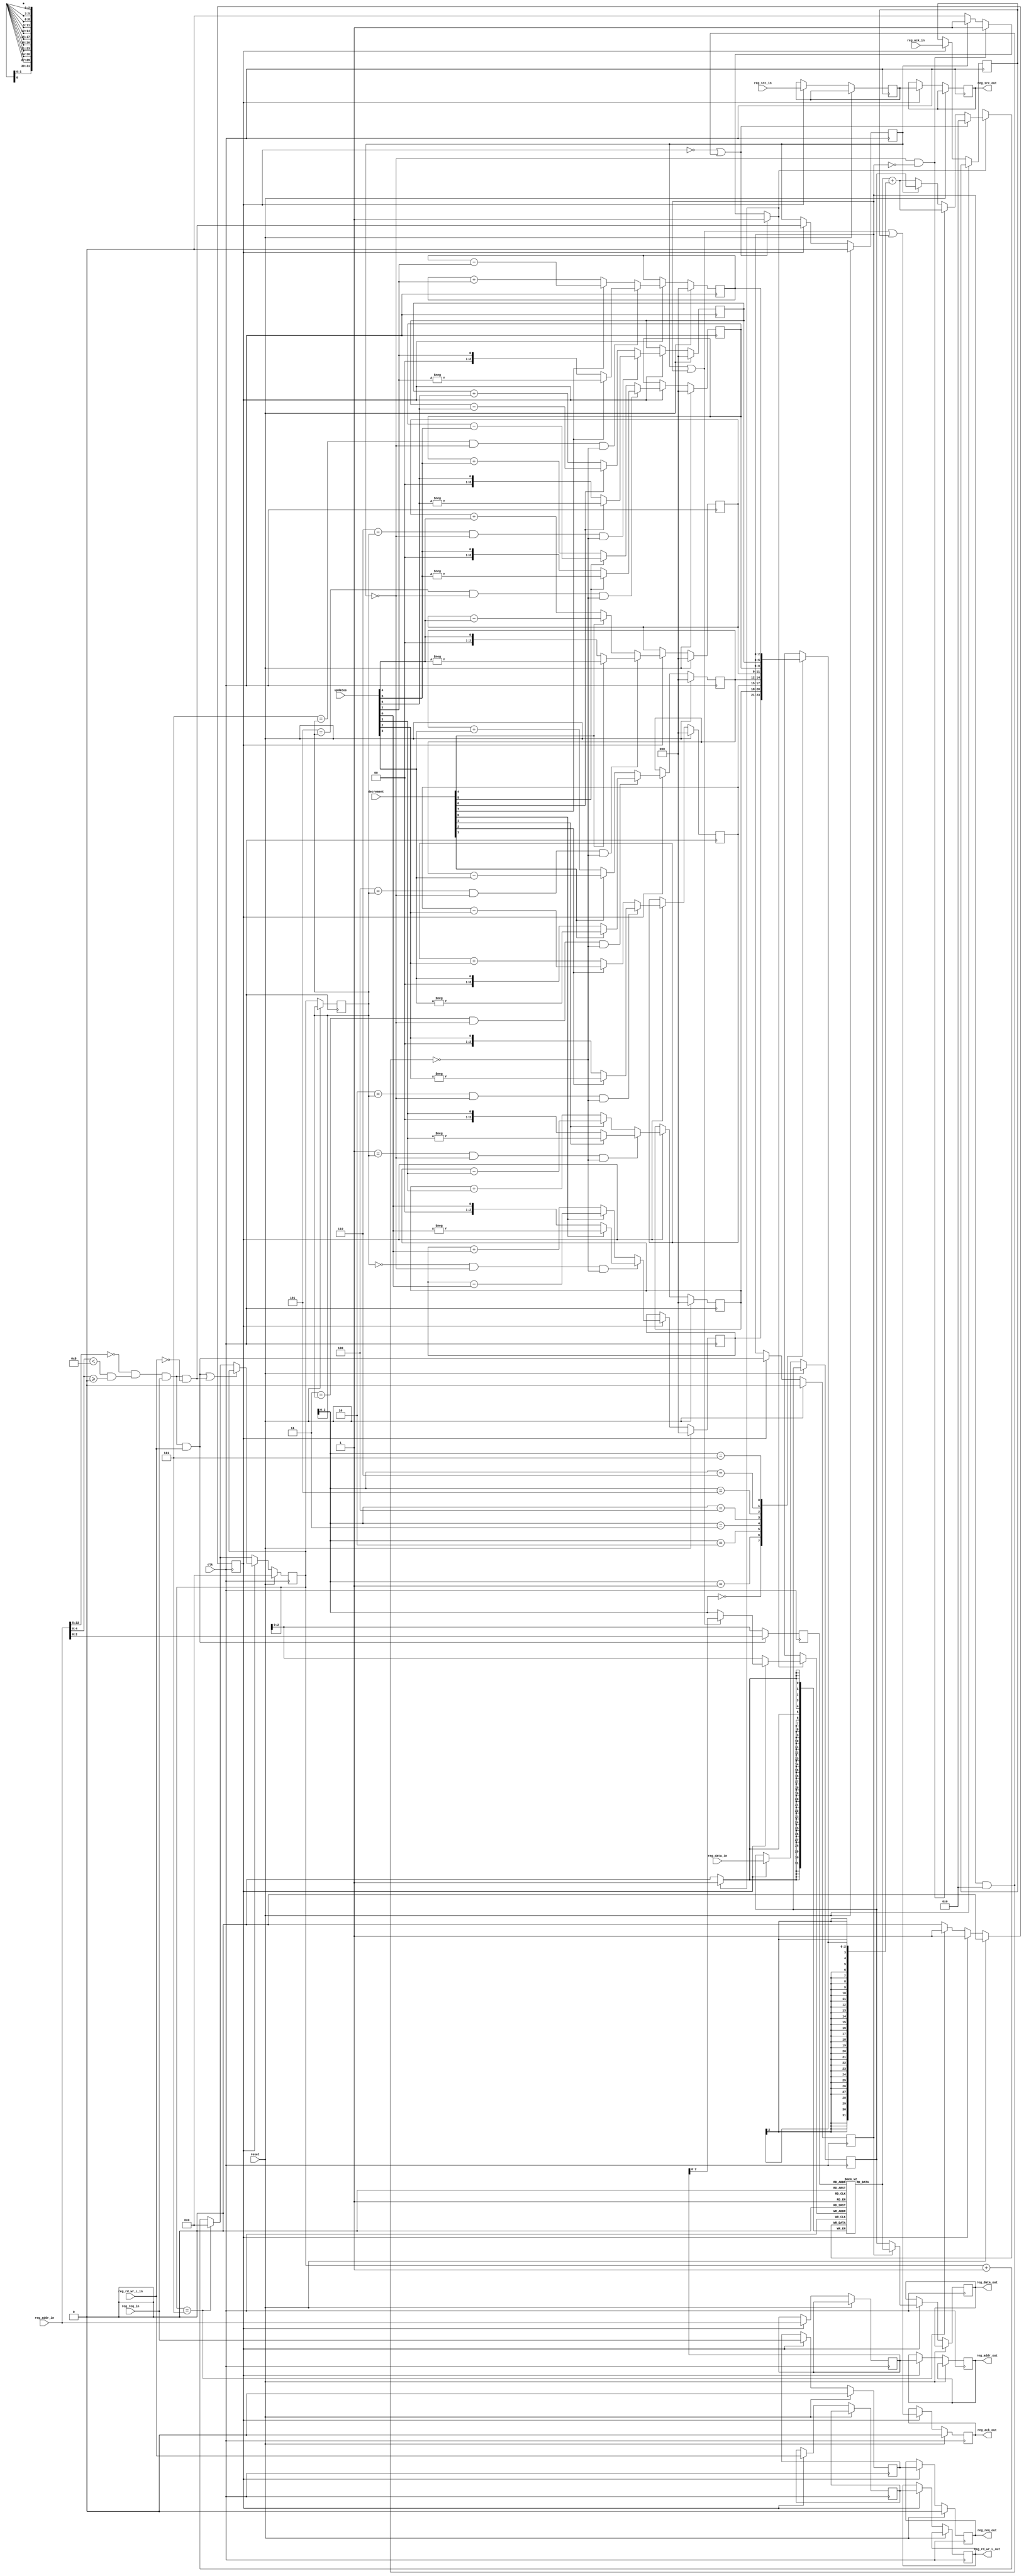
///////////////////////////////////////////////////////////////////////////////
// vim:set shiftwidth=3 softtabstop=3 expandtab:
// $Id: generic_cntr_regs.v 5404 2009-04-30 00:44:52Z grg $
//
// Module: generic_cntr_reg.v
// Project: NF2.1
// Description: Implements a generic counter register block that uses RAM and
// temporarily stores updates in registers before committing them to RAM.
//
// This design is efficient in that the update registers are kept small so one
// large adder can be shared amongst all registers. The routing resources
// associated with the RAM simplifies the routing of the registers.
// Demultiplexes, stores and serves register requests
//
// To use this block you should specify a number of parameters at
// instantiation:
//   TAG -- the tag to match against (probably defined in udp_defines.v)
//   REG_ADDR_WIDTH -- width of the address block allocated to this register
//                     group. It is important that this is specified correctly
//                     as this width is used to enable tag matching
//   NUM_REGS_USED -- how many registers in this block?
//   NUM_INSTANCES -- how many instances of the counters shall we emulate
//
// Other parameter which may be useful
//   INPUT_WIDTH -- width of each update input
//   MIN_UPDATE_INTERVAL -- how many clock cycles between successive update
//                          inputs
//   RESET_ON_READ -- reset registers when read
//
//                                     that are not found.
//                3/29/08 by Jad Naous to force reg file into bram
//                4/14/08 by Jad Naous to make bram write-first, fixing an issue
///////////////////////////////////////////////////////////////////////////////
`timescale 1ns/1ps

`define UDP_REG_ADDR_WIDTH 23	//Defines added for testing
`define CPCI_NF2_DATA_WIDTH 32	//Defines added for testing
`define IDS_BLOCK_TAG 1			//Defines added for testing
`define IDS_REG_ADDR_WIDTH 16	//Defines added for testing

module generic_cntr_regs
   #(
      parameter UDP_REG_SRC_WIDTH = 2,
      parameter TAG = 0,                  // Tag to match against
      parameter REG_ADDR_WIDTH = 5,       // Width of block addresses
      parameter NUM_REGS_USED = 8,        // How many registers
      parameter REG_START_ADDR = 0,       // Address of the first counter
      parameter INPUT_WIDTH = 1,          // Width of each update request
      parameter MIN_UPDATE_INTERVAL = 8,  // Clocks between successive inputs
      parameter REG_WIDTH = `CPCI_NF2_DATA_WIDTH, // How wide should each counter be?
      parameter RESET_ON_READ = 0,

      // Don't modify the parameters below. They are used to calculate the
      // widths of the various register inputs/outputs.
      parameter REG_END_ADDR = REG_START_ADDR + NUM_REGS_USED,  // address of last counter + 1
      parameter UPDATES_START = REG_START_ADDR * INPUT_WIDTH,   // first bit of the updates vector
      parameter UPDATES_END = REG_END_ADDR * INPUT_WIDTH        // bit after last bit of the updates vector
   )
   (
      input                                  reg_req_in,
      input                                  reg_ack_in,
      input                                  reg_rd_wr_L_in,
      input  [`UDP_REG_ADDR_WIDTH-1:0]       reg_addr_in,
      input  [`CPCI_NF2_DATA_WIDTH-1:0]      reg_data_in,
      input  [UDP_REG_SRC_WIDTH-1:0]         reg_src_in,

      output reg                             reg_req_out,
      output reg                             reg_ack_out,
      output reg                             reg_rd_wr_L_out,
      output reg [`UDP_REG_ADDR_WIDTH-1:0]   reg_addr_out,
      output reg [`CPCI_NF2_DATA_WIDTH-1:0]  reg_data_out,
      output reg [UDP_REG_SRC_WIDTH-1:0]     reg_src_out,

      // --- update interface
      input [UPDATES_END - 1:UPDATES_START]  updates,
      input [REG_END_ADDR-1:REG_START_ADDR]  decrement, // if 1 then subtract the update, else add.

      input                                  clk,
      input                                  reset
    );

  // `LOG2_FUNC
  function integer log2;
      input integer number;
      begin
         log2=0;
         while(2**log2<number) begin
            log2=log2+1;
         end
      end
   endfunction // log2
  
  // `CEILDIV_FUNC
  
  `define CEILDIV_FUNC 
function integer ceildiv; 
      input integer num; 
      input integer divisor; 
      begin 
         if (num <= divisor) 
           ceildiv = 1; 
         else begin 
            ceildiv = num / divisor; 
            if (ceildiv * divisor < num) 
              ceildiv = ceildiv + 1; 
         end 
      end 
endfunction

   // ------------- Internal parameters --------------
   localparam MIN_CYCLE_TIME = NUM_REGS_USED + 1;

   // Calculate the number of updates we can see in a single cycle through the
   // RAM.
   //
   // This should be:
   //     ceil(MIN_CYCLE_TIME / MIN_UPDATE_INTERVAL)
   localparam UPDATES_PER_CYCLE = ceildiv(MIN_CYCLE_TIME, MIN_UPDATE_INTERVAL);
   localparam LOG_UPDATES_PER_CYCLE = log2(UPDATES_PER_CYCLE);

   // Calculate how much storage to allocate for each delta
   //
   // A single update requires INPUT_WIDTH bits of storage
   // In the worst case we would add the updates and get a total of
   //     (2^INPUT_WIDTH - 1) * UPDATES_PER_CYCLE
   // This can be represented in:
   //     log2( (2^INPUT_WIDTH - 1) * UPDATES_PER_CYCLE )
   //      = INPUT_WIDTH + log2(UPDATES_PER_CYCLE)
   // we add one for sign extension.
   localparam DELTA_WIDTH = INPUT_WIDTH + LOG_UPDATES_PER_CYCLE + 1;

   localparam RESET = 0,
              NORMAL = 1;

   // ------------- Wires/reg ------------------

   reg [REG_WIDTH-1:0]                    reg_file [REG_START_ADDR:REG_END_ADDR-1];

   wire [REG_ADDR_WIDTH-1:0]              addr, addr_d1;
   wire [`UDP_REG_ADDR_WIDTH-REG_ADDR_WIDTH-1:0] tag_addr;

   reg [REG_ADDR_WIDTH-1:0]               reg_cnt;
   wire [REG_ADDR_WIDTH-1:0]              reg_cnt_nxt;
   wire [REG_ADDR_WIDTH-1:0]              reg_file_rd_addr;
   reg [REG_ADDR_WIDTH-1:0]               reg_file_rd_addr_ram;
   wire [REG_ADDR_WIDTH-1:0]              reg_file_wr_addr;

   reg [DELTA_WIDTH-1:0]                  deltas[REG_START_ADDR:REG_END_ADDR-1];
   wire [DELTA_WIDTH-1:0]                 delta;

   wire [DELTA_WIDTH-1:0]                 update[REG_START_ADDR:REG_END_ADDR-1];

   wire [REG_WIDTH-1:0]                   reg_file_out;
   reg [REG_WIDTH-1:0]                    reg_file_in;
   reg                                    reg_file_wr_en;

   reg [REG_ADDR_WIDTH-1:0]               reg_cnt_d1;
   reg                                    reg_rd_req_good_d1, reg_wr_req_good_d1;
   reg [`UDP_REG_ADDR_WIDTH-1:0]          reg_addr_in_d1;
   reg [`CPCI_NF2_DATA_WIDTH-1:0]         reg_data_in_d1;
   reg                                    reg_req_in_d1;
   reg                                    reg_ack_in_d1;
   reg                                    reg_rd_wr_L_in_d1;
   reg [UDP_REG_SRC_WIDTH-1:0]            reg_src_in_d1;

   integer                                i;

   reg                                    state;


   // -------------- Logic --------------------

   assign addr = reg_addr_in[REG_ADDR_WIDTH-1:0];
   assign addr_d1 = reg_addr_in_d1[REG_ADDR_WIDTH-1:0];
   assign tag_addr = reg_addr_in[`UDP_REG_ADDR_WIDTH - 1:REG_ADDR_WIDTH];

   assign addr_good = addr < REG_END_ADDR && addr >= REG_START_ADDR;
   assign tag_hit = tag_addr == TAG;
   assign reg_rd_req_good = (tag_hit && addr_good && reg_req_in && reg_rd_wr_L_in);
   assign reg_wr_req_good = (tag_hit && addr_good && reg_req_in && ~reg_rd_wr_L_in);
   assign reg_cnt_nxt = (reg_cnt==REG_END_ADDR-1'b1) ? REG_START_ADDR : reg_cnt + 1'b1;

   assign delta = deltas[reg_cnt_d1];

   assign reg_file_rd_addr = reg_rd_req_good ? addr : reg_cnt;
   assign reg_file_wr_addr = (state == RESET
                              ? reg_cnt
                              : (reg_wr_req_good_d1 || reg_rd_req_good_d1)
                              ? addr_d1 : reg_cnt_d1);

   // choose when and what to write in the ram
   always @(*) begin
      reg_file_in      = reg_file_out + {{(REG_WIDTH - DELTA_WIDTH){delta[DELTA_WIDTH-1]}}, delta};
      reg_file_wr_en   = 0;
      if(state == RESET || (reg_rd_req_good_d1 && RESET_ON_READ)) begin
         reg_file_wr_en   = 1;
         reg_file_in      = 0;
      end
      else if(!reg_wr_req_good_d1 && !reg_rd_req_good_d1) begin
         reg_file_wr_en   = 1;
      end
      else if(reg_wr_req_good_d1) begin
         reg_file_in      = reg_data_in_d1;
         reg_file_wr_en   = 1;
      end
   end // always @ (*)

   // Generate the individual update lines from the updates vector
   //
   // Note: I have the ugly bit selection because ModelSim doesn't seem to
   // like parameters used in :+ selects! :-(
   generate
      genvar j;
      for (j = REG_START_ADDR; j < REG_END_ADDR; j = j + 1) begin : update_gen
         assign update[j] = {{(DELTA_WIDTH - INPUT_WIDTH){1'b0}}, updates[(j + 1) * INPUT_WIDTH - 1 : j * INPUT_WIDTH]};
      end
   endgenerate

   /*********** RAM *************/
   always @(posedge clk) begin
      // write to the register file
      if(reg_file_wr_en) begin
         reg_file[reg_file_wr_addr] <= reg_file_in;
      end
      reg_file_rd_addr_ram <= reg_file_rd_addr;
   end
   assign reg_file_out = reg_file[reg_file_rd_addr_ram];

   /****************************/

   // State machine that handles register access from the CPU
   always @(posedge clk) begin
      if(reset) begin
         reg_cnt               <= REG_START_ADDR;
         reg_rd_req_good_d1    <= 0;
         reg_wr_req_good_d1    <= 0;
         reg_req_in_d1         <= 0;
         reg_ack_out           <= 0;
         reg_req_out           <= 0;
         state                 <= RESET;
         for (i = REG_START_ADDR; i < REG_END_ADDR; i = i + 1) begin
            deltas[i]      <= 0;
         end
      end // if (reset)

      else begin
         reg_cnt_d1            <= reg_cnt;
         if(state == RESET) begin
            reg_cnt <= reg_cnt_nxt;
            if(reg_cnt == REG_END_ADDR-1'b1) begin
               state <= NORMAL;
            end
         end
         else begin
            /*********************************************************************
             * first stage - read bram, latch reg req signals
             */
            reg_cnt               <= (reg_rd_req_good || reg_wr_req_good) ? reg_cnt : reg_cnt_nxt;
            reg_rd_req_good_d1    <= reg_rd_req_good;
            reg_wr_req_good_d1    <= reg_wr_req_good;
            reg_addr_in_d1        <= reg_addr_in;
            reg_data_in_d1        <= reg_data_in;
            reg_req_in_d1         <= reg_req_in;
            reg_ack_in_d1         <= reg_ack_in;
            reg_rd_wr_L_in_d1     <= reg_rd_wr_L_in;
            reg_src_in_d1         <= reg_src_in;

            // synthesis translate_off
            if(reg_ack_in && (reg_rd_req_good || reg_wr_req_good)) begin
               $display("%t %m ERROR: Register request already ack even though", $time);
               $display("it should be destined to this module. This can happen");
               $display("if two modules have aliased register addresses.");
               $stop;
            end
            // synthesis translate_on

            /********************************************************************
             * second stage - output rd req or do write req or delta update
             */
            reg_ack_out        <= reg_rd_req_good_d1 || reg_wr_req_good_d1 || reg_ack_in_d1;
            reg_data_out       <= reg_rd_req_good_d1 ? reg_file_out : reg_data_in_d1;
            reg_addr_out       <= reg_addr_in_d1;
            reg_req_out        <= reg_req_in_d1;
            reg_rd_wr_L_out    <= reg_rd_wr_L_in_d1;
            reg_src_out        <= reg_src_in_d1;

            /*******************************************************************
             * update the deltas
             */
            for (i = REG_START_ADDR; i < REG_END_ADDR; i = i + 1) begin
               // if we just update the register corresponding to this delta then
               // clear it.
               if ((i==reg_cnt_d1)           // this delta was committed to reg_file
                   && !reg_wr_req_good_d1    // we didn't write in this cycle
                   && !(reg_rd_req_good_d1 && RESET_ON_READ) // we didn't read and reset
                   ) begin
                  deltas[i] <= decrement[i] ? -update[i] : update[i];
               end
               else begin
                  deltas[i] <= decrement[i] ? deltas[i] - update[i] : deltas[i] + update[i];
               end
            end // for (i = REG_START_ADDR; i < REG_END_ADDR; i = i + 1)
         end // else: !if(state == RESET)
      end // else: !if(reset)
   end // always @ (posedge clk)

endmodule